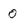
Character: 0